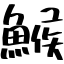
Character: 鯸